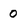
Character: 0